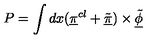
P = \int d x ( \underline { { \pi } } ^ { c l } + \underline { { \tilde { \pi } } } ) \times \underline { { \tilde { \phi } } }